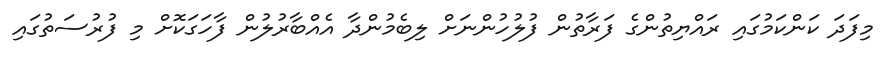
މިފަދަ ކަންކަމުގައި ރައްޔިތުންގެ ފަރާތުން ފުލުހުންނަށް ލިބެމުންދާ އެއްބާރުލުން ފާހަގަކޮށް މި ފުރުސަތުގައި